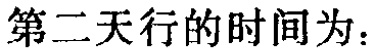
第二天行的时间为：